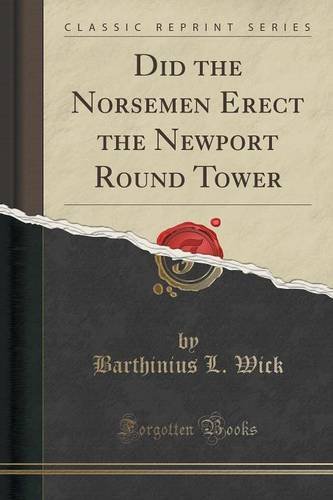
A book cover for Did the Norsemen Erect the Newport Round Tower (Classic Reprint); Barthinius L. Wick; Travel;